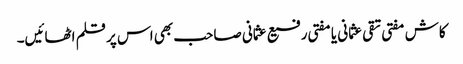
کاش مفتی تقی عثمانی یا مفتی رفیع عثمانی صاحب بھی اس پر قلم اٹھائیں۔